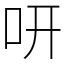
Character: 咞